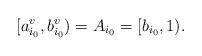
LaTeX: \begin{align*} [a_{i_0}^v,b_{i_0}^v)=A_{i_0}=[b_{i_0},1).\end{align*}